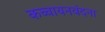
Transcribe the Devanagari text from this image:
कच्चायनवंदना